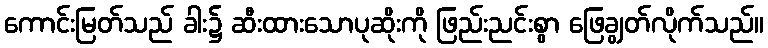
ကောင်းမြတ်သည် ခါး၌ ဆီးထားသောပုဆိုးကို ဖြည်းညင်းစွာ ဖြေချွတ်လိုက်သည်။